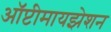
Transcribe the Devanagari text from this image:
ऑप्टीमायझेशन